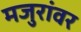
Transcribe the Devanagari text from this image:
मजुरांवर